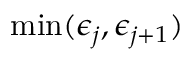
\operatorname* { m i n } ( \epsilon _ { j } , \epsilon _ { j + 1 } )